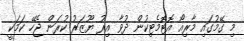
މި ގޭމުގައި މާރިއޯ އޮޓޮމެޓިކުން ދުވާ އިރު ޔޫޒަރު ކުރަން ޖެހޭ ކަމަކީ